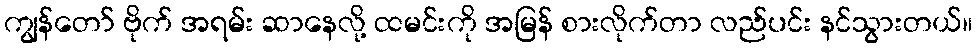
ကျွန်တော် ဗိုက် အရမ်း ဆာနေလို့ ထမင်းကို အမြန် စားလိုက်တာ လည်ပင်း နင်သွားတယ်။